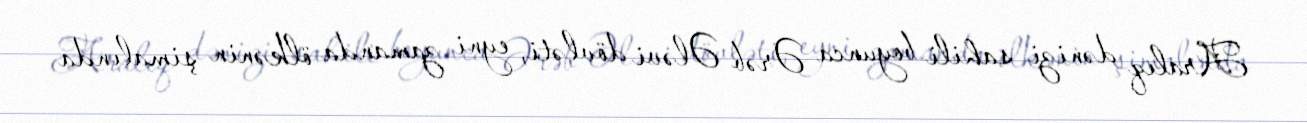
Aralıq dənizi sahili boyunca Ərəb Ələvi dövləti, eyni zamanda ölkənin şimalında